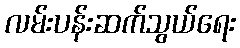
လမ်းပန်းဆက်သွယ်ရေး